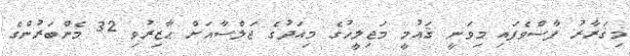
މިޤަރާރު ފާސްވެފައި މިވަނީ ޤައުމީ މަޖިލީހުގެ މިއަދުގެ ޖަލްސާއަށް ޙާޒިރުވި 32 މެންބަރުންގެ